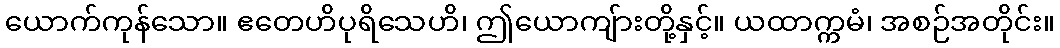
ယောက်ကုန်သော။ ဧတေဟိပုရိသေဟိ၊ ဤယောကျ်ားတို့နှင့်။ ယထာက္ကမံ၊ အစဉ်အတိုင်း။